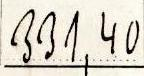
331,40